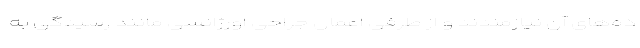
ده‌های آن نیازمندند و از طرفی اعمال جراحی اورژانسی مانند رسیدگی به